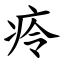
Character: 㾉